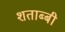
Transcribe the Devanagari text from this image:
शताब्बी